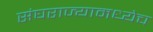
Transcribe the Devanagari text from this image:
संघराज्यामध्येच